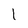
Character: I